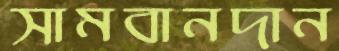
সামবানদান